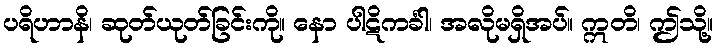
ပရိဟာနိ၊ ဆုတ်ယုတ်ခြင်းကို။ နော ပါဋိကင်္ခါ၊ အလိုမရှိအပ်။ ဣတိ၊ ဤသို့။